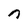
Character: n